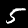
Label: 5